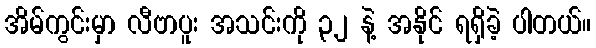
အိမ်ကွင်းမှာ လီဗာပူး အသင်းကို ၃၂ နဲ့ အနိုင် ရရှိခဲ့ ပါတယ်။